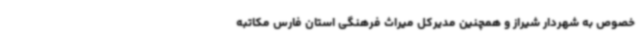
خصوص به شهردار شیراز و همچنین مدیرکل میراث فرهنگی استان فارس مکاتبه